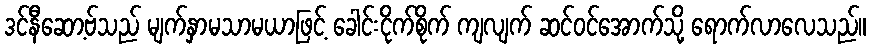
ဒင်နီဆော့ဗ်သည် မျက်နှာမသာမယာဖြင့် ခေါင်းငိုက်စိုက် ကျလျက် ဆင်ဝင်အောက်သို့ ရောက်လာလေသည်။